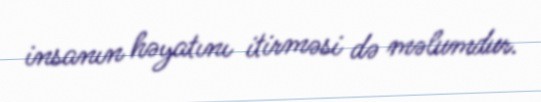
insanın həyatını itirməsi də məlumdur.